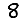
Digit: 8